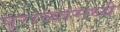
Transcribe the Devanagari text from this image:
पुराव्यांमध्ये